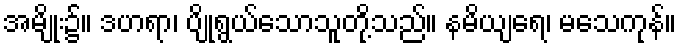
အမျိုး၌။ ဒဟရာ၊ ပျိုရွယ်သောသူတို့သည်။ နမိယျရေ၊ မသေကုန်။